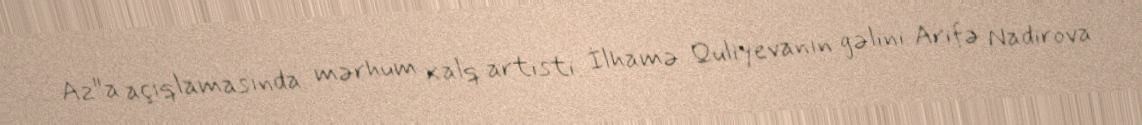
Az"a açıqlamasında mərhum xalq artisti İlhamə Quliyevanın gəlini Arifə Nadirova